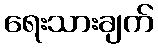
ရေးသားချက်